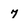
Character: 7